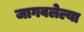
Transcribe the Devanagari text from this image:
जागवलेल्या